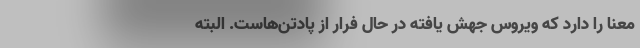
معنا را دارد که ویروس جهش یافته در حال فرار از پادتن‌هاست. البته